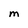
Character: m